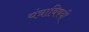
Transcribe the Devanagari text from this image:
यंत्राविषयी